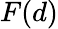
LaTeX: F(d)